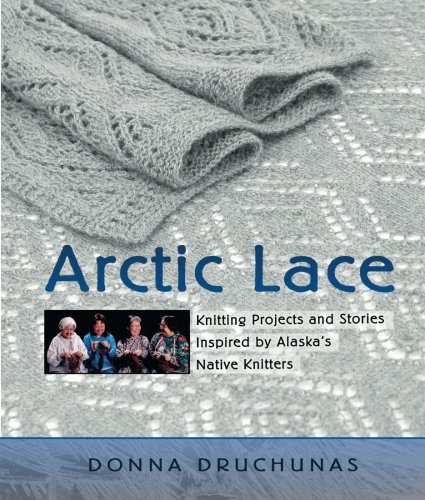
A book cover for Arctic Lace: Knitting Projects and Stories Inspired by Alaska's Native Knitters; Donna Druchunas; Crafts, Hobbies & Home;